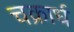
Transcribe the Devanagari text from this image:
चक्रार्ध